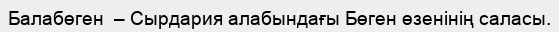
Балабөген  – Сырдария алабындағы Бөген өзенінің саласы.